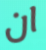
ان